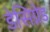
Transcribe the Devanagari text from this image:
डेसिग्नेड